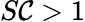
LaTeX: S\mathcal{C}>1